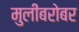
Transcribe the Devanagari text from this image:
मुलींबरोबर